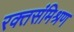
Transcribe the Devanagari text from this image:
रक्तसंमिश्रण